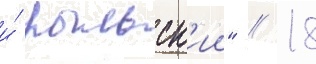
и́ рыльск'ии" // 18